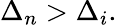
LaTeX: \Delta_{n}>\Delta_{i}.